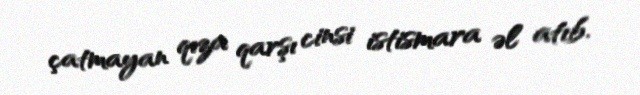
çatmayan qıza qarşı cinsi istismara əl atıb.